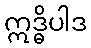
ဣဒ္ဓိပါဒ